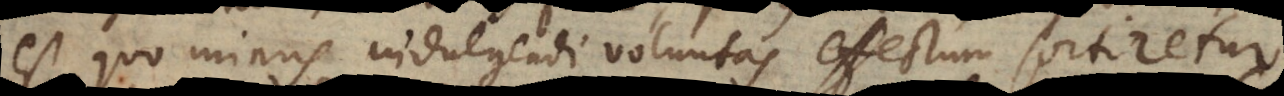
est quo minus indulgendi voluntas effectum sortiretur.